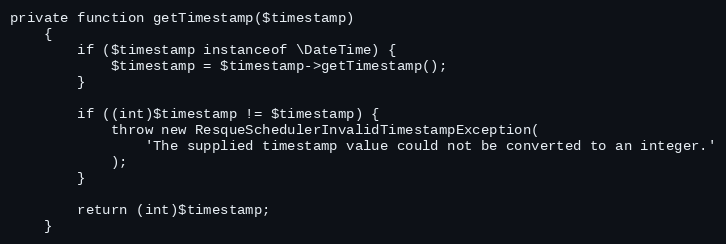
Language: PHP
private function getTimestamp($timestamp)
    {
        if ($timestamp instanceof \DateTime) {
            $timestamp = $timestamp->getTimestamp();
        }

        if ((int)$timestamp != $timestamp) {
            throw new ResqueSchedulerInvalidTimestampException(
                'The supplied timestamp value could not be converted to an integer.'
            );
        }

        return (int)$timestamp;
    }